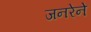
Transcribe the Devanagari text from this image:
जनरेने